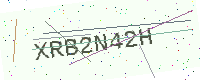
Text: XRB2N42H